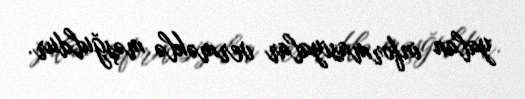
yalan informasiyalar verməklə məşğuldur.